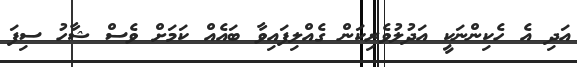
އަދި އެ ހެކިންނަކީ އަދުލުވެރިކަން ގެއްލިފައިވާ ބައެއް ކަމަށް ވެސް ޝާހު ސިފަ